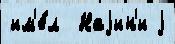
им'е́л  Наjин'и j